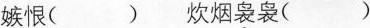
嫉恨（） 炊烟袅袅（）